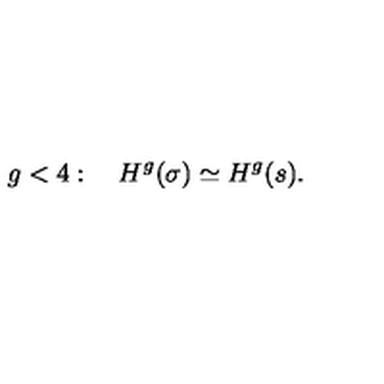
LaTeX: g < 4 : \quad H ^ { g } ( \sigma ) \simeq H ^ { g } ( s ) .